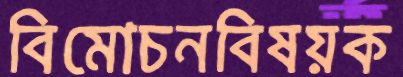
বিমোচনবিষয়ক